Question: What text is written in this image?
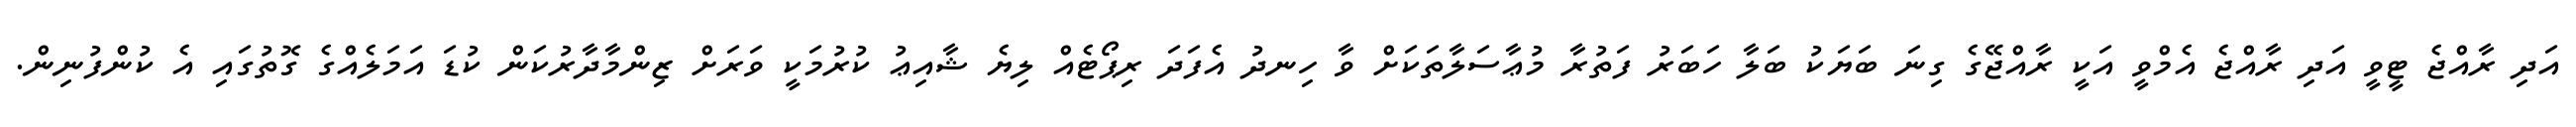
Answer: އަދި ރާއްޖެ ޓީވީ އަދި ރާއްޖެ އެމްވީ އަކީ ރާއްޖޭގެ ގިނަ ބަޔަކު ބަލާ ހަބަރު ފަތުރާ މުޢާސަލާތަކަށް ވާ ހިނދު އެފަދަ ރިޕޯޓެއް ލިޔެ ޝާއިޢު ކުރުމަކީ ވަރަށް ޒިންމާދާރުކަން ކުޑަ އަމަލެއްގެ ގޮތުގައި އެ ކުންފުނިން.